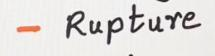
- Rupture